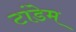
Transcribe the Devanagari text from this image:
टांडेम